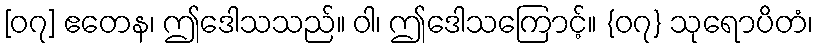
[၀၇] ဧတေန၊ ဤဒေါသသည်။ ဝါ၊ ဤဒေါသကြောင့်။ {၀၇} သုရောပိတံ၊